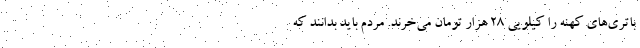
باتری‌های کهنه را کیلویی ۲۸ هزار تومان می‌خرند. مردم باید بدانند که